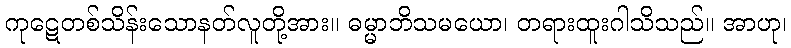
ကုဋေတစ်သိန်းသောနတ်လူတို့အား။ ဓမ္မာဘိသမယော၊ တရားထူးဂါသိသည်။ အာဟု၊